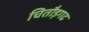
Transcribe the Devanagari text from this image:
चितौड़गढ